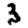
Digit: 3